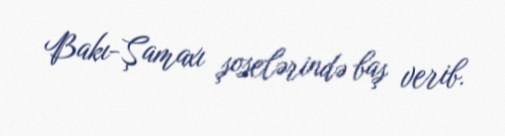
Bakı-Şamaxı şoselərində baş verib.